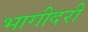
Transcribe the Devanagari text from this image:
भागीदरी